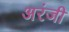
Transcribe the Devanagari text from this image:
अरंजी